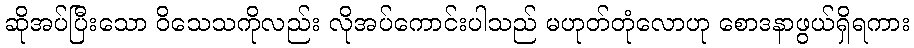
ဆိုအပ်ပြီးသော ဝိသေသကိုလည်း လိုအပ်ကောင်းပါသည် မဟုတ်တုံလောဟု စောဒနာဖွယ်ရှိရကား